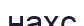
нахс